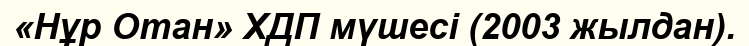
«Нұр Отан» ХДП мүшесі (2003 жылдан).